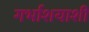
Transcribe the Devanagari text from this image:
गर्भाशयाशी